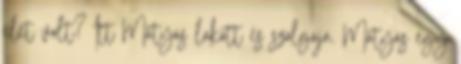
élet volt? Itt Mátyás lakott és szolgája. Mátyás egy